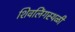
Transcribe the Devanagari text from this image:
शिवलिंगस्थळी